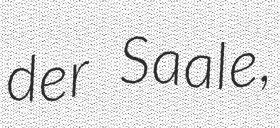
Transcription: der Saale,